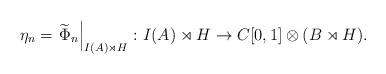
LaTeX: \begin{align*}\eta_n = \left.\widetilde{\Phi}_n\right|_{I(A) \rtimes H} \colon I(A) \rtimes H \to C[0,1] \otimes (B \rtimes H).\end{align*}